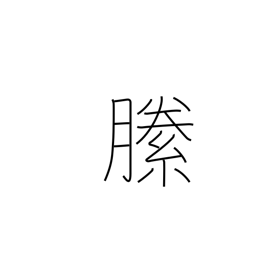
Meaning: darn